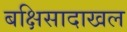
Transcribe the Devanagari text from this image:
बक्षिसादाखल